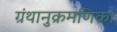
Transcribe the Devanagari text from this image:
ग्रंथानुक्रमणिका